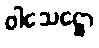
ဝါသေဋ္ဌော